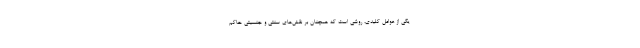
یکی از عوامل کلیدی، روشی است که همچنان بر نقش‌های سنتی و جنسیتی حاکم